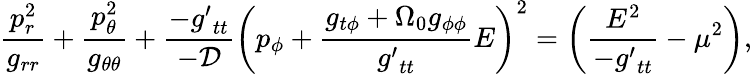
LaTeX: \frac{p_{r}^{2}}{g_{rr}}+\frac{p_{\theta}^{2}}{g_{\theta\theta}}+\frac{-{g^{\prime}}_{tt}}{-\cal D}\left(p_{\phi}+\frac{g_{t\phi}+\Omega_{0}g_{\phi\phi}}{{g^{\prime}}_{tt}}E\right)^{2}=\left(\frac{E^{2}}{-{g^{\prime}}_{tt}}-\mu^{2}\right),